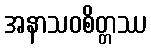
အနာသဝစိတ္တဿ